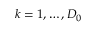
k = 1 , \ldots , D _ { 0 }